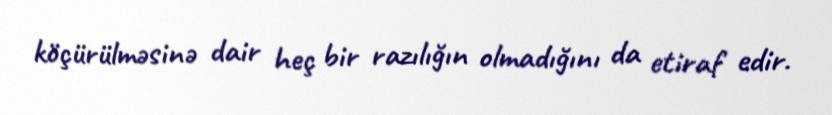
köçürülməsinə dair heç bir razılığın olmadığını da etiraf edir.